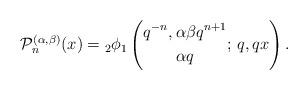
LaTeX: \begin{align*}\mathcal{P}_n^{(\alpha,\beta)}(x)={}_2\phi_1\left( \begin{gathered}q^{-n},\alpha\beta q^{n+1} \\ \alpha q \end{gathered} ;\,q,qx \right).\end{align*}